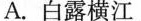
A.白露横江